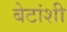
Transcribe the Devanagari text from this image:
बेटांशी